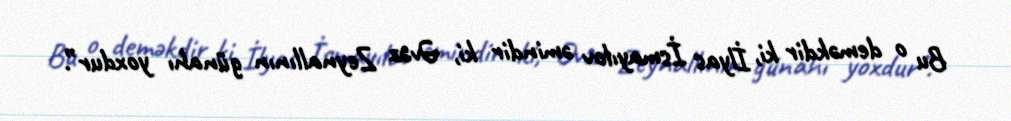
Bu o deməkdir ki, İlyas İsmayılov əmindir ki, Əvəz Zeynallının günahı yoxdur”.